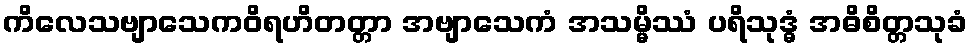
ကိလေသဗျာသေကဝိရဟိတတ္တာ အဗျာသေကံ အသမ္မိဿံ ပရိသုဒ္ဓံ အဓိစိတ္တသုခံ